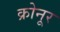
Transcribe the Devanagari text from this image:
क्रोनूर